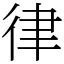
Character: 律